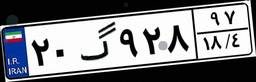
۲۰گ۹۲۸۹۷